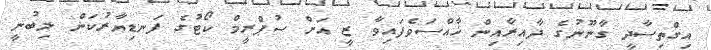
އިގްތިސާދީ ގާނޫނުގެ ދާއިރާއިން ޚާއްސަވެފައިވާ ޒީ އަށް ސުޕްރީމް ކޯޓުގެ ފަނޑިޔާރުކަން ލިބުނީ